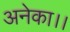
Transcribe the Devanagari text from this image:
अनेका।।